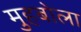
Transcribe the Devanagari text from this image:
मुहबोला